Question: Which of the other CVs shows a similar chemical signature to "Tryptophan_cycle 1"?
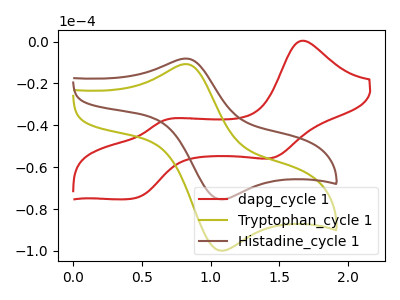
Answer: <think>The red curve "dapg_cycle 1" has anodic peaks at (1.65V, 0.45uA) (0.65V, -37.60uA) and cathodic peaks at (1.45V, -55.40uA) (0.45V, -75.00uA). The olive curve "Tryptophan_cycle 1" has an anodic peak at (0.80V, -10.80uA) and a cathodic peak at (1.10V, -99.85uA). The brown curve "Histadine_cycle 1" has an anodic peak at (0.80V, -8.15uA) and a cathodic peak at (1.10V, -75.35uA).
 "dapg_cycle 1" and "Tryptophan_cycle 1" have a different number of peaks. "dapg_cycle 1" and "Histadine_cycle 1" have a different number of peaks. All the peaks in "Tryptophan_cycle 1" have a peak in "Histadine_cycle 1" at the same potential.</think>
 <answer>The CV with the most similar shape to "Histadine_cycle 1" is "Tryptophan_cycle 1".</answer>
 <eval>"Tryptophan_cycle 1"</eval>